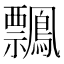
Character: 𪇃